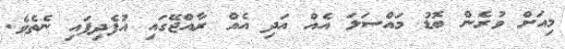
މިއަށް ވުރެން ބޮޑު މައްސަލަ އެއް އަދި އެއް ރާއްޖޭގައި އުފެދިފައި ނެތެވެ.